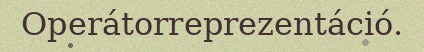
Operátorreprezentáció.